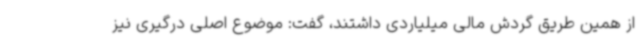
از همین طریق گردش مالی میلیاردی داشتند، گفت: موضوع اصلی درگیری نیز